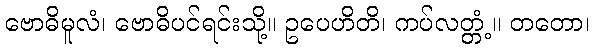
ဗောဓိမူလံ၊ ဗောဓိပင်ရင်းသို့။ ဥပေဟိတိ၊ ကပ်လတ္တံ့။ တတော၊